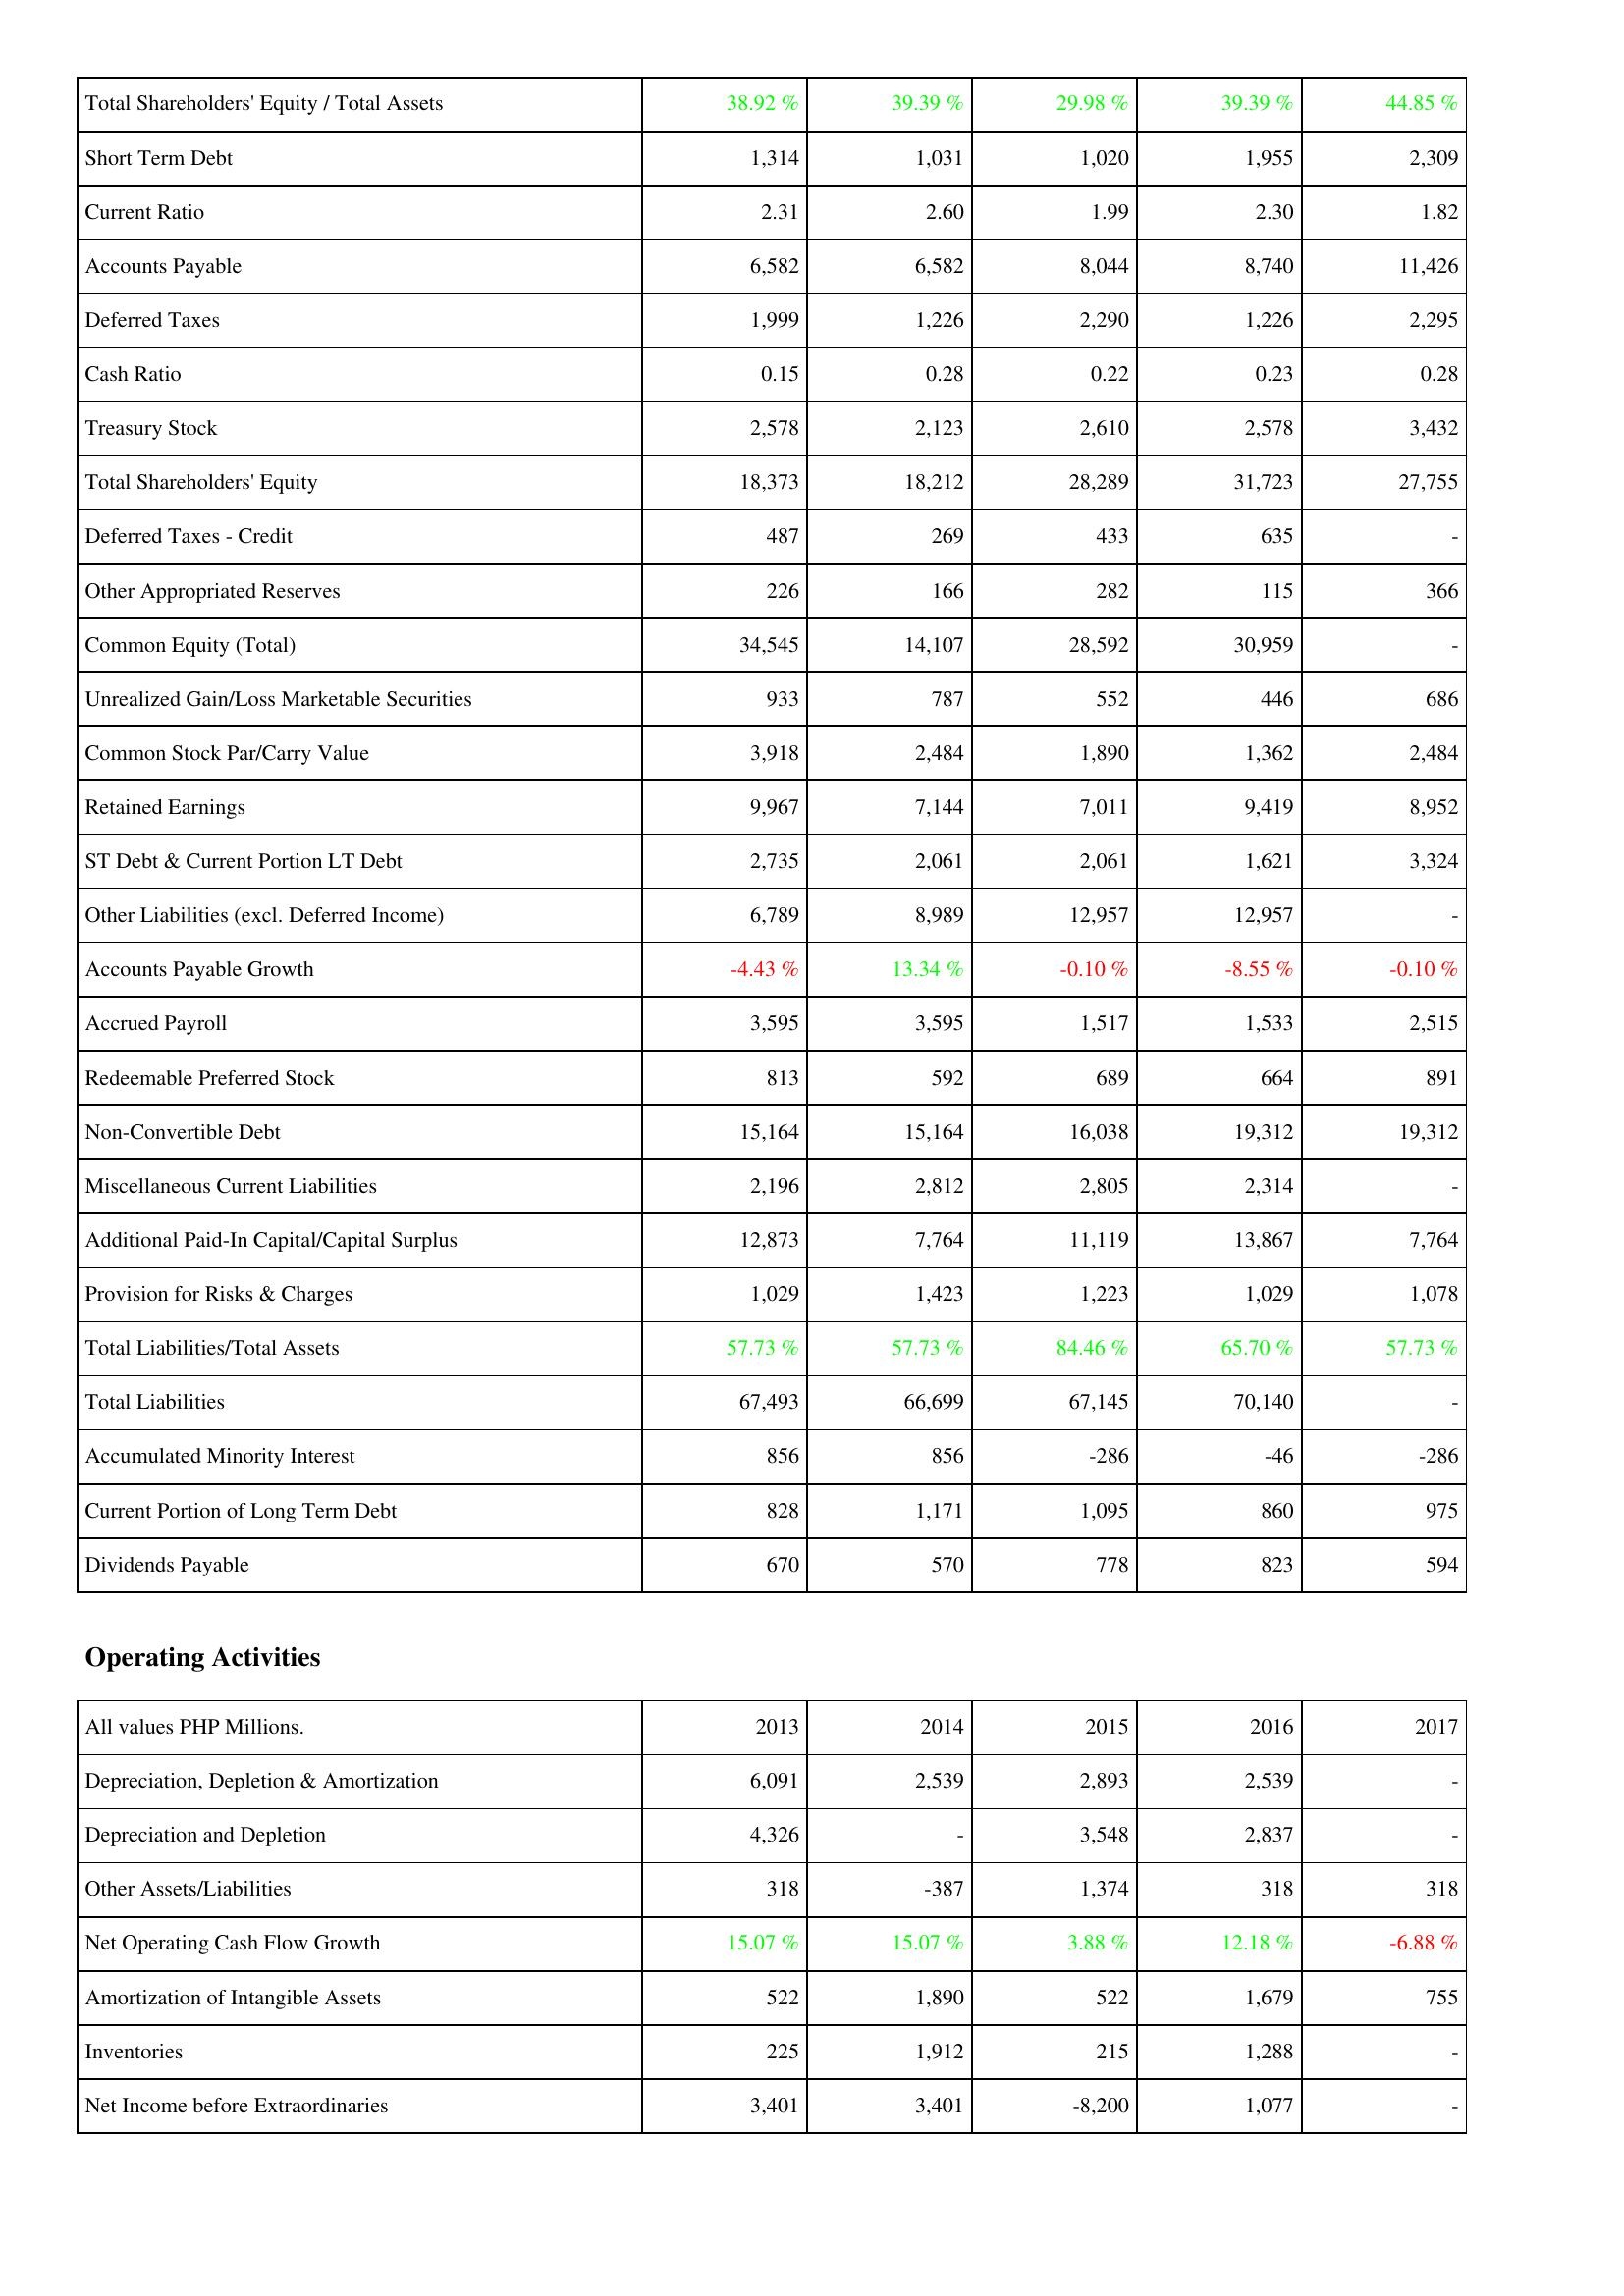
2013: Liabilities & Shareholders' Equity: Total Shareholders' Equity / Total Assets: 38.92 %
Short Term Debt: 1,314
Current Ratio: 2.31
Accounts Payable: 6,582
Deferred Taxes: 1,999
Cash Ratio: 0.15
Treasury Stock: 2,578
Total Shareholders' Equity: 18,373
Deferred Taxes - Credit: 487
Other Appropriated Reserves: 226
Common Equity (Total): 34,545
Unrealized Gain/Loss Marketable Securities: 933
Common Stock Par/Carry Value: 3,918
Retained Earnings: 9,967
ST Debt & Current Portion LT Debt: 2,735
Other Liabilities (excl. Deferred Income): 6,789
Accounts Payable Growth: -4.43 %
Accrued Payroll: 3,595
Redeemable Preferred Stock: 813
Non-Convertible Debt: 15,164
Miscellaneous Current Liabilities: 2,196
Additional Paid-In Capital/Capital Surplus: 12,873
Provision for Risks & Charges: 1,029
Total Liabilities/Total Assets: 57.73 %
Total Liabilities: 67,493
Accumulated Minority Interest: 856
Current Portion of Long Term Debt: 828
Dividends Payable: 670
Operating Activities: Depreciation, Depletion & Amortization: 6,091
Depreciation and Depletion: 4,326
Other Assets/Liabilities: 318
Net Operating Cash Flow Growth: 15.07 %
Amortization of Intangible Assets: 522
Inventories: 225
Net Income before Extraordinaries: 3,401
2014: Liabilities & Shareholders' Equity: Total Shareholders' Equity / Total Assets: 39.39 %
Short Term Debt: 1,031
Current Ratio: 2.60
Accounts Payable: 6,582
Deferred Taxes: 1,226
Cash Ratio: 0.28
Treasury Stock: 2,123
Total Shareholders' Equity: 18,212
Deferred Taxes - Credit: 269
Other Appropriated Reserves: 166
Common Equity (Total): 14,107
Unrealized Gain/Loss Marketable Securities: 787
Common Stock Par/Carry Value: 2,484
Retained Earnings: 7,144
ST Debt & Current Portion LT Debt: 2,061
Other Liabilities (excl. Deferred Income): 8,989
Accounts Payable Growth: 13.34 %
Accrued Payroll: 3,595
Redeemable Preferred Stock: 592
Non-Convertible Debt: 15,164
Miscellaneous Current Liabilities: 2,812
Additional Paid-In Capital/Capital Surplus: 7,764
Provision for Risks & Charges: 1,423
Total Liabilities/Total Assets: 57.73 %
Total Liabilities: 66,699
Accumulated Minority Interest: 856
Current Portion of Long Term Debt: 1,171
Dividends Payable: 570
Operating Activities: Depreciation, Depletion & Amortization: 2,539
Depreciation and Depletion: -
Other Assets/Liabilities: -387
Net Operating Cash Flow Growth: 15.07 %
Amortization of Intangible Assets: 1,890
Inventories: 1,912
Net Income before Extraordinaries: 3,401
2015: Liabilities & Shareholders' Equity: Total Shareholders' Equity / Total Assets: 29.98 %
Short Term Debt: 1,020
Current Ratio: 1.99
Accounts Payable: 8,044
Deferred Taxes: 2,290
Cash Ratio: 0.22
Treasury Stock: 2,610
Total Shareholders' Equity: 28,289
Deferred Taxes - Credit: 433
Other Appropriated Reserves: 282
Common Equity (Total): 28,592
Unrealized Gain/Loss Marketable Securities: 552
Common Stock Par/Carry Value: 1,890
Retained Earnings: 7,011
ST Debt & Current Portion LT Debt: 2,061
Other Liabilities (excl. Deferred Income): 12,957
Accounts Payable Growth: -0.10 %
Accrued Payroll: 1,517
Redeemable Preferred Stock: 689
Non-Convertible Debt: 16,038
Miscellaneous Current Liabilities: 2,805
Additional Paid-In Capital/Capital Surplus: 11,119
Provision for Risks & Charges: 1,223
Total Liabilities/Total Assets: 84.46 %
Total Liabilities: 67,145
Accumulated Minority Interest: -286
Current Portion of Long Term Debt: 1,095
Dividends Payable: 778
Operating Activities: Depreciation, Depletion & Amortization: 2,893
Depreciation and Depletion: 3,548
Other Assets/Liabilities: 1,374
Net Operating Cash Flow Growth: 3.88 %
Amortization of Intangible Assets: 522
Inventories: 215
Net Income before Extraordinaries: -8,200
2016: Liabilities & Shareholders' Equity: Total Shareholders' Equity / Total Assets: 39.39 %
Short Term Debt: 1,955
Current Ratio: 2.30
Accounts Payable: 8,740
Deferred Taxes: 1,226
Cash Ratio: 0.23
Treasury Stock: 2,578
Total Shareholders' Equity: 31,723
Deferred Taxes - Credit: 635
Other Appropriated Reserves: 115
Common Equity (Total): 30,959
Unrealized Gain/Loss Marketable Securities: 446
Common Stock Par/Carry Value: 1,362
Retained Earnings: 9,419
ST Debt & Current Portion LT Debt: 1,621
Other Liabilities (excl. Deferred Income): 12,957
Accounts Payable Growth: -8.55 %
Accrued Payroll: 1,533
Redeemable Preferred Stock: 664
Non-Convertible Debt: 19,312
Miscellaneous Current Liabilities: 2,314
Additional Paid-In Capital/Capital Surplus: 13,867
Provision for Risks & Charges: 1,029
Total Liabilities/Total Assets: 65.70 %
Total Liabilities: 70,140
Accumulated Minority Interest: -46
Current Portion of Long Term Debt: 860
Dividends Payable: 823
Operating Activities: Depreciation, Depletion & Amortization: 2,539
Depreciation and Depletion: 2,837
Other Assets/Liabilities: 318
Net Operating Cash Flow Growth: 12.18 %
Amortization of Intangible Assets: 1,679
Inventories: 1,288
Net Income before Extraordinaries: 1,077
2017: Liabilities & Shareholders' Equity: Total Shareholders' Equity / Total Assets: 44.85 %
Short Term Debt: 2,309
Current Ratio: 1.82
Accounts Payable: 11,426
Deferred Taxes: 2,295
Cash Ratio: 0.28
Treasury Stock: 3,432
Total Shareholders' Equity: 27,755
Deferred Taxes - Credit: -
Other Appropriated Reserves: 366
Common Equity (Total): -
Unrealized Gain/Loss Marketable Securities: 686
Common Stock Par/Carry Value: 2,484
Retained Earnings: 8,952
ST Debt & Current Portion LT Debt: 3,324
Other Liabilities (excl. Deferred Income): -
Accounts Payable Growth: -0.10 %
Accrued Payroll: 2,515
Redeemable Preferred Stock: 891
Non-Convertible Debt: 19,312
Miscellaneous Current Liabilities: -
Additional Paid-In Capital/Capital Surplus: 7,764
Provision for Risks & Charges: 1,078
Total Liabilities/Total Assets: 57.73 %
Total Liabilities: -
Accumulated Minority Interest: -286
Current Portion of Long Term Debt: 975
Dividends Payable: 594
Operating Activities: Depreciation, Depletion & Amortization: -
Depreciation and Depletion: -
Other Assets/Liabilities: 318
Net Operating Cash Flow Growth: -6.88 %
Amortization of Intangible Assets: 755
Inventories: -
Net Income before Extraordinaries: -